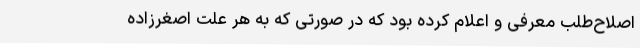
اصلاح‌طلب معرفی و اعلام کرده بود که در صورتی که به هر علت اصغرزاده